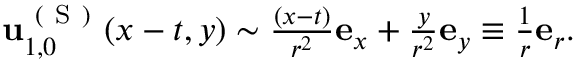
\begin{array} { r } { \mathbf { u } _ { 1 , 0 } ^ { \mathrm { ~ ( ~ S ~ ) ~ } } ( x - t , y ) \sim \frac { ( x - t ) } { r ^ { 2 } } \mathbf { e } _ { x } + \frac { y } { r ^ { 2 } } \mathbf { e } _ { y } \equiv \frac { 1 } { r } \mathbf { e } _ { r } . } \end{array}